Scientific memoirs by medical officers of the Army of India - Part IV,
Year: 1889
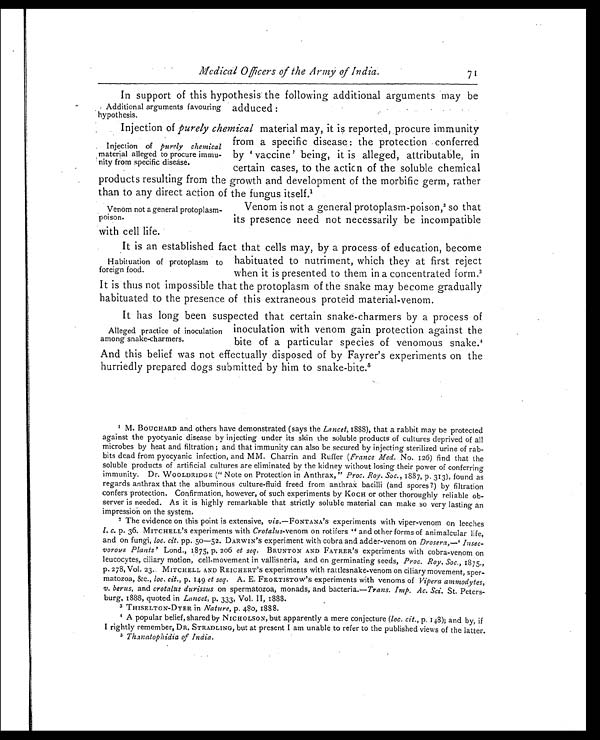
Venom not a general protoplasm-
poison.
Medical Officers of the Army of India.
In support of this hypothesis the following additional arguments may be
adduced:
7
Additional arguments favouring
hypothesis.
Injection of purely chemical material may, it is reported, procure immunity
from a specific disease: the protection conferred
by 'vaccine' being, it is alleged, attributable, in
certain cases, to the action of the soluble chemical
products resulting from the growth and development of the morbific germ, rather
than to any direct action of the fungus itself.
1
Injection of purely chemical
material alleged to procure immu-
nity from specific disease.
Venom is not a general protoplasm-poison, 2 so that
its presence need not necessarily be incompatible
with cell life.
It is an established fact that cells may, by a process of education, become
habituated to nutriment, which they at first reject
when it is presented to them in a concentrated form.3
It is thus not impossible that the protoplasm of the snake may become gradually
habituated to the presence of this extraneous proteid material-venom.
It has long been suspected that certain snake-charmers by a process of
inoculation with venom gain protection against the
bite of a particular species of venomous snake.4
And this belief was not effectually disposed of by Fayrer's experiments on the
hurriedly prepared dogs submitted by him to snake-bite.5
1 M. BOUCHARD and others have demonstrated (says the Lancet, 1888), that a rabbit may be protected
against the pyocyanic disease by injecting under its skin the soluble products of cultures deprived of all
microbes by heat and filtration; and that immunity can also be secured by injecting sterilized urine of rab
- b i t s d e a d f r o m p y o c y a n i c i n f e c t i o n , a n d M M . C h a r r i n a n d R u f f e r (F
r a n c e M e d .
N o . 1 2 6 ) f i n d t h a t t h e
soluble products of artificial cultures are eliminated by the kidney without losing their power of conferring
immunity. Dr. WOOLDRIDGE ("Note on Protection in Anthrax," Proc. Roy. Soc., 1887, p. 313), found as
regards anthrax that the albuminous culture-fluid freed from anthrax bacilli (and spores?) by filtration
confers protection. Confirmation, however, of such experiments by KOCH or other thoroughly reliable ob
- s e r v e r i s n e e d e d . A s i t i s h i g h l y r e m a r k a b l e t h a t s t r i c t l y s o l u b l e m a t e r i a l c a n m a k e s o v e r y l a s t i n g a n
impression on the system.
2. The evidence on this point is extensive, viz.—FONTANA's experiments with viper-venom on leeches
l . c .
p . 3 6 . M I T C H E L L
' S e x p e r i m e n t s w i t h
C r o t a l u s
- v e n o m o n r o t i f e r s " a n d o t h e r f o r m s o f a n i m a l c u l a r l i f e ,
and on fungi, loc. cit. pp. 50-52. DARWIN 'S experiment with cobra and adder-venom on Drosera,—'Insec
- v o r o u s P l a n t s '
L o n d . , 1 8 7 5 , p . 2 0 6
e t s e q .
B R U N T O N A N D F A Y R E R'
S e x p e r i m e n t s w i t h c o b r a - v e n o m o n
leucocytes, ciliary motion, cell-movement in vallisneria, and on germinating seeds, Proc. Roy. Soc., 1875.,
p. 278, Vol. 23. MITCHELL AND REICHERT 'S experiments with rattlesnake-venom on ciliary movement, sper
- m a t o z o a , & c . ,
l o c . c i t . ,
p . 1 4 9
e t s e q .
A . E . F E O K T I S T O W
' S e x p e r i m e n t s w i t h v e n o m s o fV
i p e r a a m m o d y t e s ,
v. berus, and crotalus durissus on spermatozoa, monads, and bacteria.— Trans. Imp. Ac. Sci. St. Peters
- b u r g , 1 8 8 8 , q u o t e d i n
L a n c e t ,
p . 3 3 3 , V o l . I I , 1 8 8 8 .
3 THISELTON-DYER in Nature, p. 480, 1888.
4 A popular belief, shared by NICHOLSON, but apparently a mere conjecture ( loc. cit., p. 148); and by, if
I rightly remember, DR. STRADLING, but at present I am unable to refer to the published views of the latter.
5 Thanatophidia of India.
Habituation of protoplasm to
foreign food.
Alleged practice of inoculation
among snake-charmers.